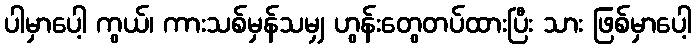
ပါမှာပေါ့ ကွယ်၊ ကားသစ်မှန်သမျှ ဟွန်းတွေတပ်ထားပြီး သား ဖြစ်မှာပေါ့